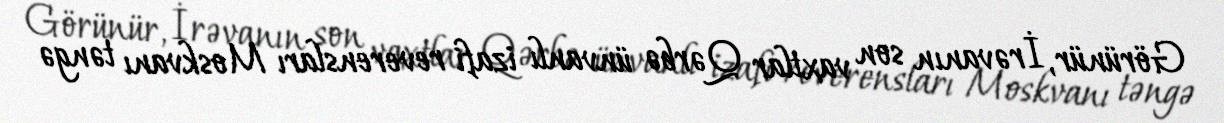
Görünür, İrəvanın son vaxtlar Qərbə ünvanlı izafi reverensları Moskvanı təngə